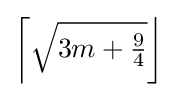
\left\lceil {\sqrt {3m+{\tfrac {9}{4}}}}\right\rfloor